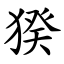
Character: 猤